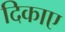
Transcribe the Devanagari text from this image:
दिकाए